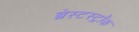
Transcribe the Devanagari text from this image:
ब्रेस्टस्ट्रॉक